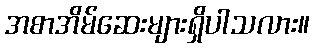
အစာအိမ်ဆေးများရှိပါသလား။